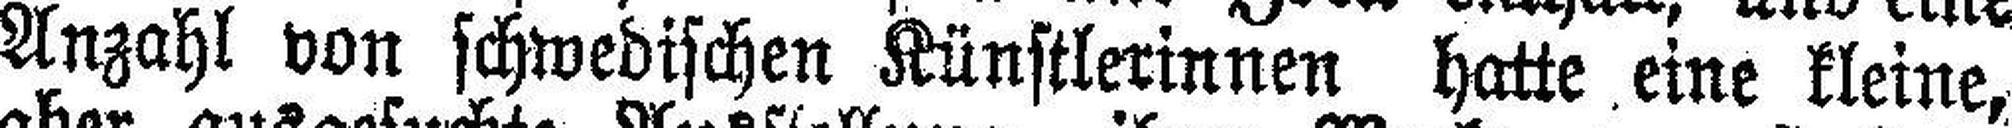
Anzahl von schwedischen Künstlerinnen hatte eine kleine,